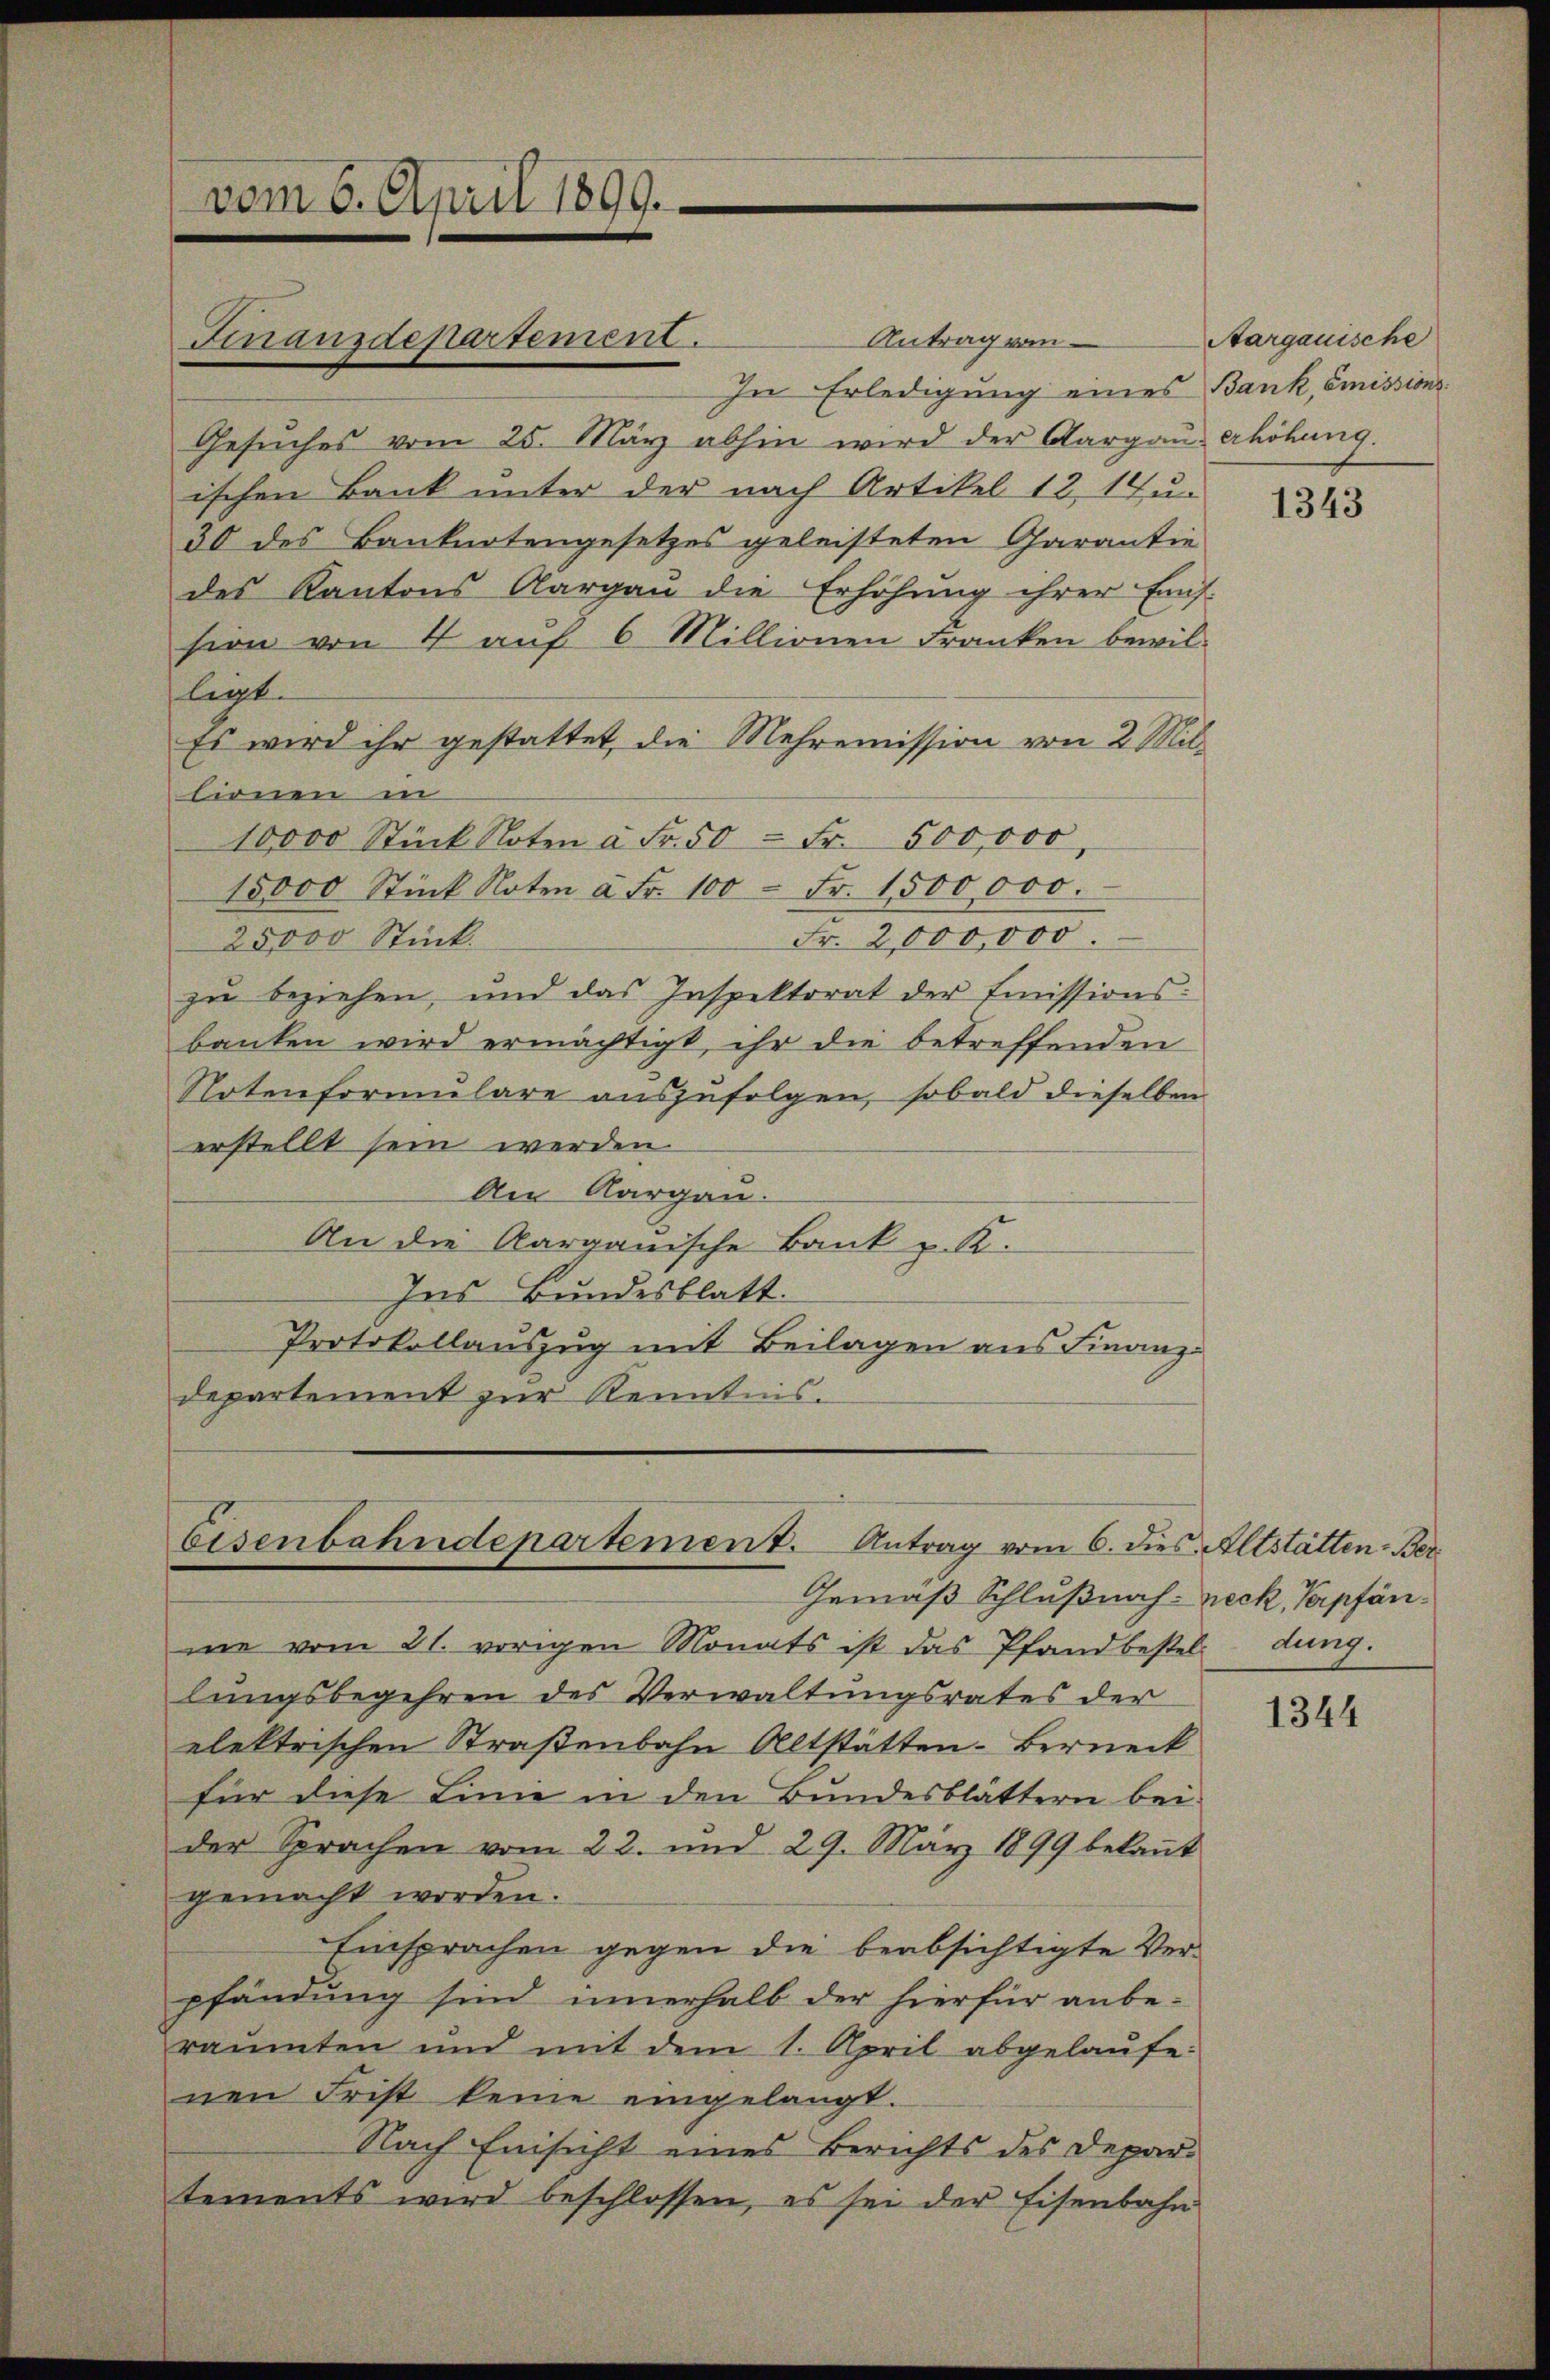
Antrag vom
In Erledigung eines Bank, Emissions¬
Gesŭches vom 25. März abhin wird der Aargaŭ erhöhung.
ischen Bank unter der nach Artikel 12, 14 u.
30 des Banknotengesetzes geleisteten Charantie
des Kantons Aargaŭ die Erhöhŭng ihrer Enns-
sion von 4 auf 6 Millionen Franken bewilligt.
Es wird ihr gestattet, die Mehremission von 2 Mil-
lionen in
10,000 Stück Noten à Fr. 50 Fr. 500,000,
15000 Stück Noten à Fr. 100 Fr. 1500,000.
Fr. 2,000,000.
25,000 Stück.
zu beziehen, und das Inspektorat der Emissions-
banken wird ermächtigt, ihr die betreffenden
Notenformŭlare auszufolgen, sobald dieselben
erstellt sein werden.
An Aargau.
An die Aargauische Bank z. K.
Ins Bundesblatt.
Protokollauszug mit Beilagen aus Finanzdepartement zur Kenntnis.

vom 6. April 1899.

Finanzdepartement.

Eisenbahndepartement. Antrag vom 6. dies Altstätten-Ber¬

Gemäß Schlußnah-Zeck, Verpfänme vom 21. vorigen Monats ist das Pfandbesteldung.
lungsbegehren des Verwaltungsrates der
elektrischen Straßenbahn Altstätten-Berneck
für diese Linie in den Bundesblättern bei
der Sprachen vom 22. und 29. März 1899 bekaṅt
gemacht worden.
Einsprachen gegen die beabsichtigte Verpfändung sind innerhalb der hierfür anbe-
räumten und mit dem 1. April abgelaufe
nen Frist keine eingelangt.
Nach Einsicht eines Berichts des Departements wird beschlossen, es sei der Eisenbahn

Aargauische

1343

1344